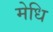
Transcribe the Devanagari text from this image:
मेधि